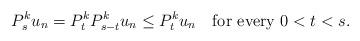
LaTeX: \begin{align*} P^k_{s}u_n=P^k_{t}P^k_{s-t}u_n\leq P^k_{t}u_n\quad\mbox{for every } {0<t<s}. \end{align*}